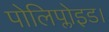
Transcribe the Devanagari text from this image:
पोलिप्लोइड।